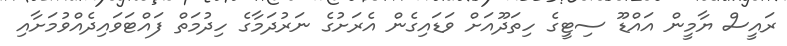
ރައީސް ޔާމީން އައްޑޫ ސިޓީގެ ހިތަދޫއަށް ވަޑައިގެން އެރަށުގެ ނަރުދަމާގެ ހިދުމަތް ފައްޓަވައިދެއްވުމަށާއި